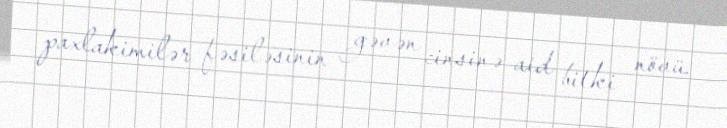
paxlakimilər fəsiləsinin gəvən cinsinə aid bitki növü.